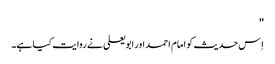
''
اِس حدیث کو امام احمد اور ابو یعلی نے روایت کیا ہے۔